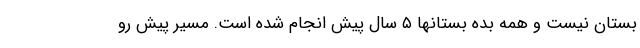
بستان نیست و همه بده بستانها ۵ سال پیش انجام شده است. مسیر پیش رو